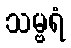
သမ္ဗရံ